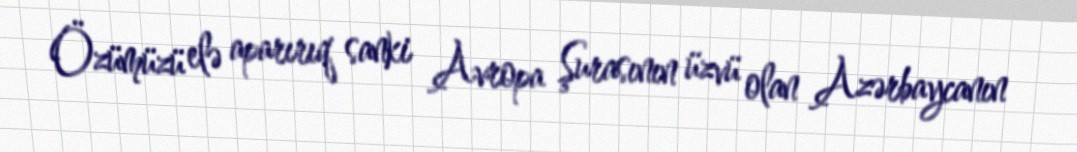
Özümüzü elə aparırıq sanki Avropa Şurasının üzvü olan Azərbaycanın